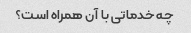
چه خدماتی با آن همراه است؟